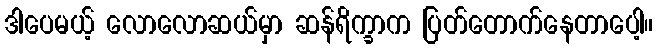
ဒါပေမယ့် လောလောဆယ်မှာ ဆန်ရိက္ခာက ပြတ်တောက်နေတာပေါ့။